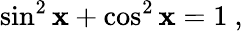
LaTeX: \sin^{2}\mathbf{x}+\cos^{2}\mathbf{x}=1\ ,